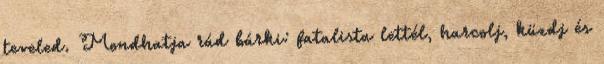
teveled. Mondhatja rád bárki: fatalista lettél, harcolj, küzdj és